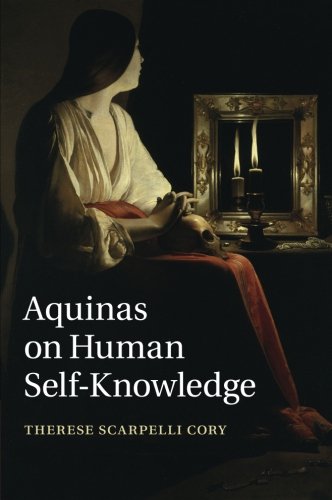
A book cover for Aquinas on Human Self-Knowledge; Therese Scarpelli Cory; Politics & Social Sciences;